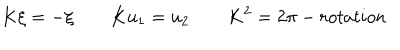
K \xi = - \xi \qquad K u _ { 1 } = u _ { 2 } \qquad K ^ { 2 } = 2 \pi - r o t a t i o n